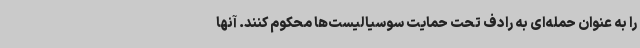
را به عنوان حمله‌ای به رادف تحت حمایت سوسیالیست‌ها محکوم کنند. آنها